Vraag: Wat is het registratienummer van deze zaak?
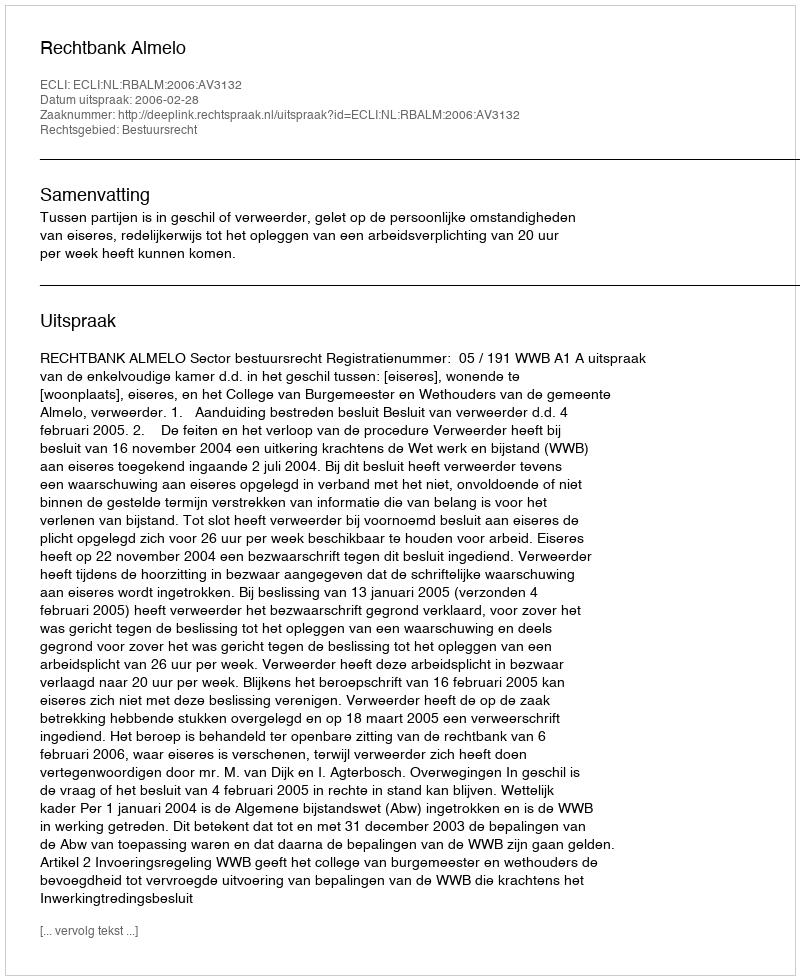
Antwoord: http://deeplink.rechtspraak.nl/uitspraak?id=ECLI:NL:RBALM:2006:AV3132